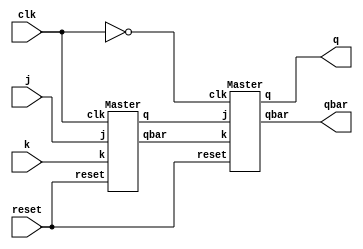
module HW7_JKFF(j, k, reset, clk, q, qbar);
 input j, k, clk, reset;
 output q, qbar;
 Master Master1 (j, k, reset, clk, qx, qbarx);
 Master Slave1 (qx, qbarx, reset , ~clk, q, qbar);
endmodule

module Master(j, k, reset, clk, q, qbar);
 input j, k, reset, clk;
 output reg q, qbar;
 initial
  q = 0;
 always @(posedge clk) begin
  if(!reset) begin
   case(j)
		0: if (k == 0) begin q <= q; qbar <= qbar; end
			else begin q <= 0; qbar <= 1; end
		1: if (k == 1) begin q <= qbar; qbar <= q; end
			else begin q <= 1; qbar <= 0; end
	endcase
  end
  else begin
   q <= 1'bx;
	qbar <= 1'bx;
  end
 end
endmodule